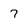
Character: 7